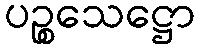
ပဉ္စသေဋ္ဌော